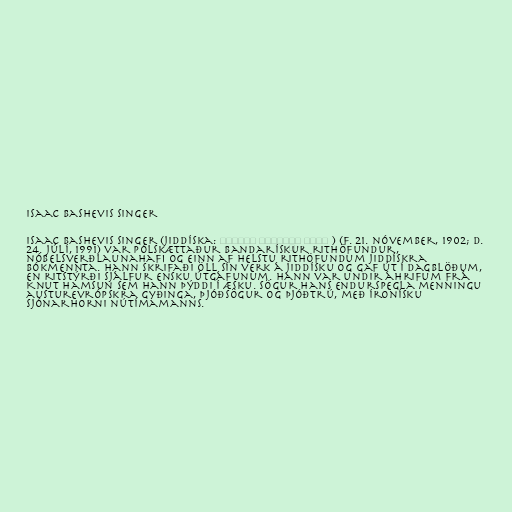
Isaac Bashevis Singer

Isaac Bashevis Singer (jiddíska: יצחק באַשעװיס זינגער ) (f. 21. nóvember, 1902; d.
24. júlí, 1991) var pólskættaður bandarískur rithöfundur,
nóbelsverðlaunahafi og einn af helstu rithöfundum jiddískra
bókmennta. Hann skrifaði öll sín verk á jiddísku og gaf út í dagblöðum,
en ritstýrði sjálfur ensku útgáfunum. Hann var undir áhrifum frá
Knut Hamsun sem hann þýddi í æsku. Sögur hans endurspegla menningu
austurevrópskra gyðinga, þjóðsögur og þjóðtrú, með íronísku
sjónarhorni nútímamanns.